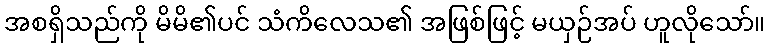
အစရှိသည်ကို မိမိ၏ပင် သံကိလေသ၏ အဖြစ်ဖြင့် မယှဉ်အပ် ဟူလိုသော်။